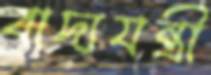
বাদ্যযন্ত্রী